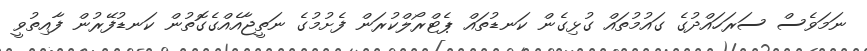
ނަމަވެސް ސަރަހައްދުގެ ގައުމުތައް ގުޅިގެން ކަނޑުތައް ޕެޓްރޯލްކުރަން ފެށުމުގެ ނަތީޖާއެއްގެގޮތުން ކަނޑުފޭރުން ފާއިތުވީ